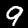
Digit: 9